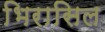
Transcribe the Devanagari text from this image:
भिरासिल